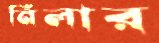
নিলার